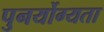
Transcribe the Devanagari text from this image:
पुनर्योग्यता